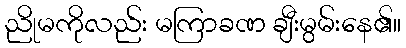
ညိုမကိုလည်း မကြာခဏ ချီးမွမ်းနေ၏။